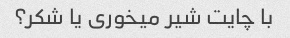
با چایت شیر ​​میخوری یا شکر؟